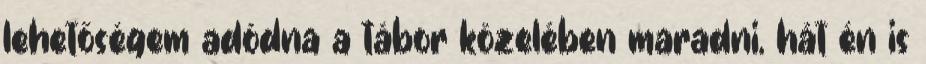
lehetőségem adódna a tábor közelében maradni, hát én is